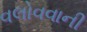
વલોવવાની